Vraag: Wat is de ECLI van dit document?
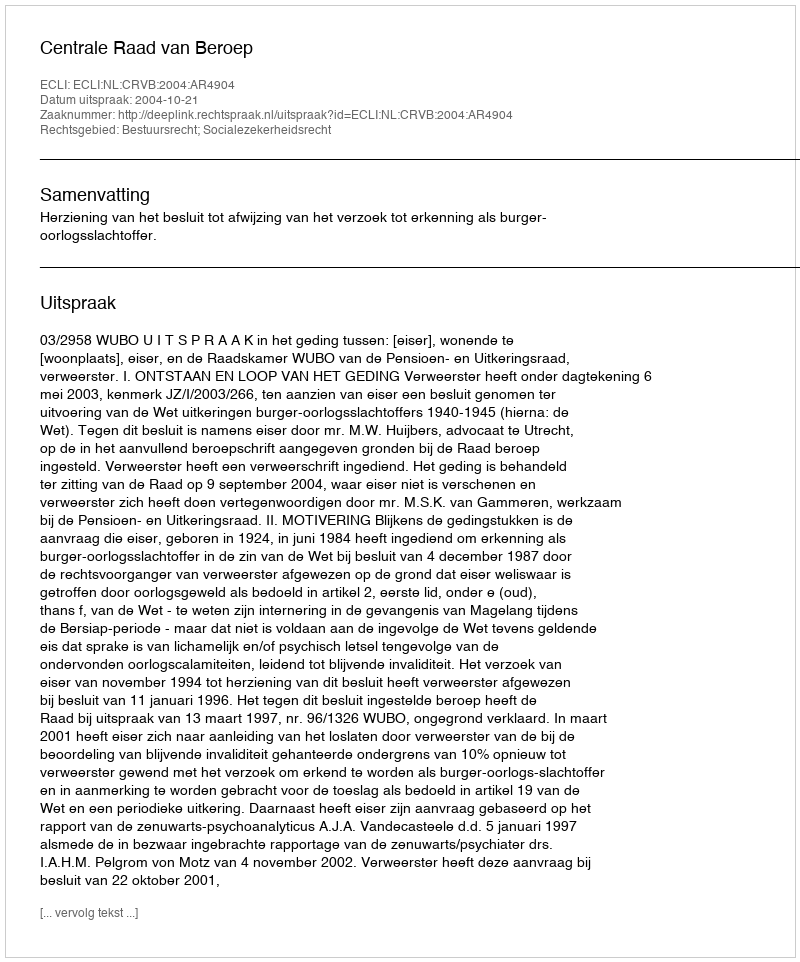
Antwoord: ECLI:NL:CRVB:2004:AR4904